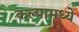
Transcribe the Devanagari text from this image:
कल्पामध्ये